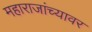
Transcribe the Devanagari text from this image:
महाराजांच्यावर